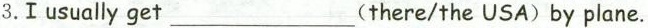
3.I usually get___(there/the USA)by plane.